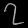
Digit: ၇